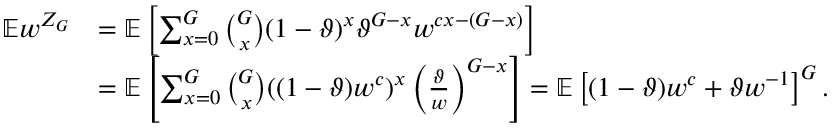
\begin{array} { r l } { \mathbb { E } w ^ { Z _ { G } } } & { = \mathbb { E } \left[ \sum _ { x = 0 } ^ { G } { \binom { G } { x } } ( 1 - \vartheta ) ^ { x } \vartheta ^ { G - x } w ^ { c x - ( G - x ) } \right] } \\ & { = \mathbb { E } \left[ \sum _ { x = 0 } ^ { G } { \binom { G } { x } } ( ( 1 - \vartheta ) w ^ { c } ) ^ { x } \left( \frac { \vartheta } { w } \right) ^ { G - x } \right] = \mathbb { E } \left[ ( 1 - \vartheta ) w ^ { c } + \vartheta w ^ { - 1 } \right] ^ { G } . } \end{array}